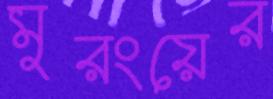
মুরংয়ের